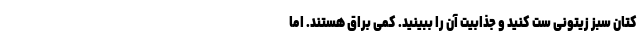
کتان سبز زیتونی ست کنید و جذابیت آن را ببینید. کمی براق هستند. اما